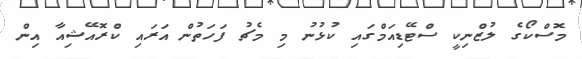
މޮސްކޯގެ ލުޒްނިކީ ސްޓޭޑިއަމްގައި ކުޅުނު މި މެޗު ފަހަތުން އަރައި ކްރޮއޭޝިއާ އިން